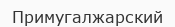
Примугалжарский